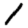
Digit: 1